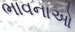
ભાવનાઓ